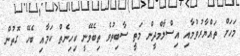
މަަހަށް ތައްޔާރުވުމާއި އިސްލާމްދީން މަތީ ސާބިތުވެ ތިބެވޭނީ ކިހިނެތް ކަމާއި ބެހޭ ގޮތުން